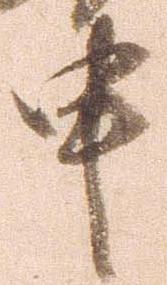
申